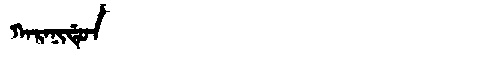
Manchu: ᡴᠠᡵᠠᠨᡳᡩᡠᠨ
Romanization: KARANIDUN